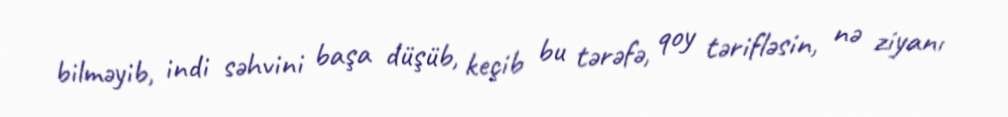
bilməyib, indi səhvini başa düşüb, keçib bu tərəfə, qoy tərifləsin, nə ziyanı